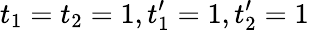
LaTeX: t_{1}=t_{2}=1,t_{1}^{\prime}=1,t_{2}^{\prime}=1